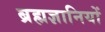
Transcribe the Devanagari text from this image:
ब्रह्मज्ञानियों